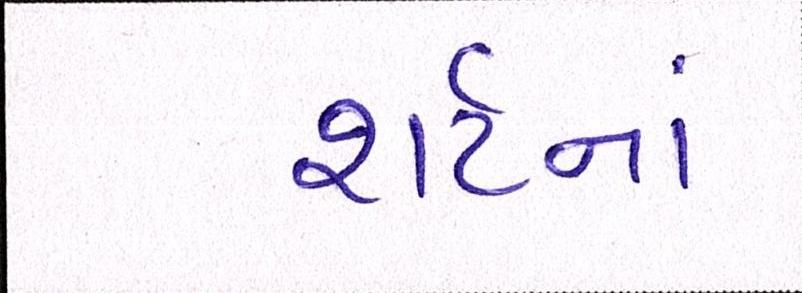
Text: શર્ટનાં